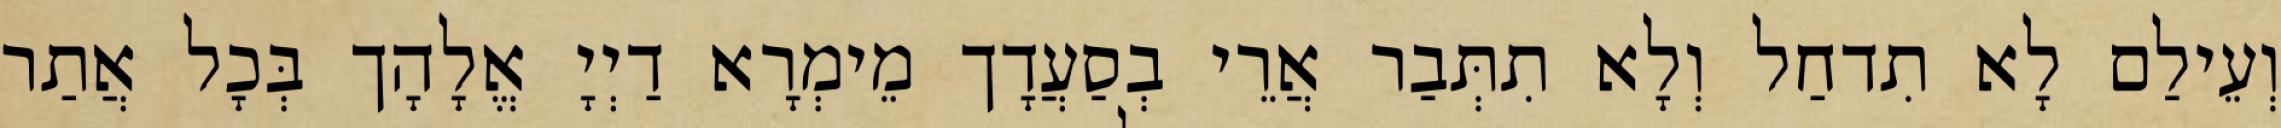
וְעֵילַם לָא תִדחַל וְלָא תִתְּבַר אֲרֵי בְסַעֲדָך מֵימְרָא דַיְיָ אֱלָהָך בְּכָל אֲתַר